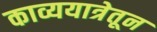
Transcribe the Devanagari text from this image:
काव्ययात्रेतून